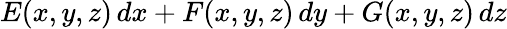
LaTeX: E(x,y,z)\, dx+F(x,y,z)\, dy+G(x,y,z)\, dz